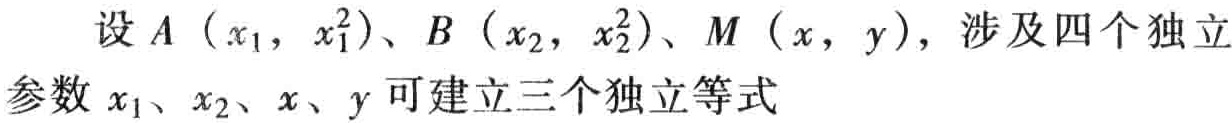
设 \(A\left(x_{1},x_{1}^{2}\right)\)、\(B\left(x_{2},x_{2}^{2}\right)\)、\(M(x,y)\)，涉及四个独立
参数 \(x_{1}\)、\(x_{2}\)、\(x\)、\(y\) 可建立三个独立等式